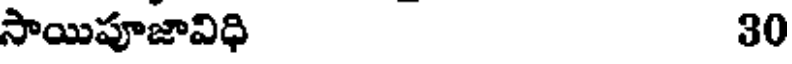
సాయిపూజావిధి 30